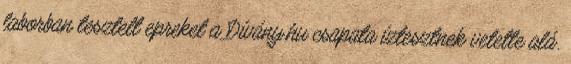
laborban tesztelt epreket a Dívány.hu csapata íztesztnek vetette alá.